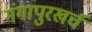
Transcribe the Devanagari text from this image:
गंगापुरखर्च